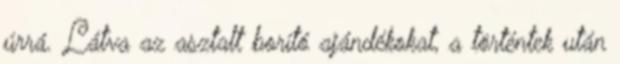
úrrá. Látva az asztalt borító ajándékokat, a történtek után